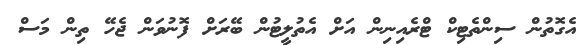
އެގޮތުން ސިންތެޓިކް ޓްރެއިނިން އަށް އެތުލީޓުން ބޭރަށް ފޮނުވަން ޖެހޭ ތިން މަސް